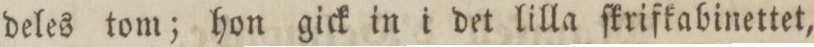
deles tom; hon gick in i det lilla ſkrifkabinettet,